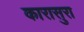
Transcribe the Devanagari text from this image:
कारासुरा